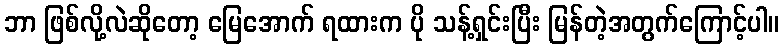
ဘာ ဖြစ်လို့လဲဆိုတော့ မြေအောက် ရထားက ပို သန့်ရှင်းပြီး မြန်တဲ့အတွက်ကြောင့်ပါ။